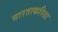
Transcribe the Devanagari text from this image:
भारताकरिता